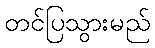
တင်ပြသွားမည်